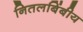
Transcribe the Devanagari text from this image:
नितलबिंबीय